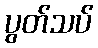
ပွတ်သပ်